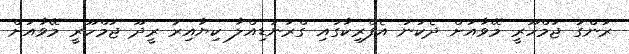
ރަންގު ޖުމްހޫރީ މޭވާއަށް ދެކުނު އެފްރިކާގައި ގްރަނަޑިއްލާ ކިޔާއިރު ރީދޫ ޖުމްހޫރީ މޭވާއަށް